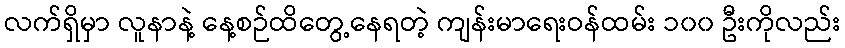
လက်ရှိမှာ လူနာနဲ့ နေ့စဉ်ထိတွေ့နေရတဲ့ ကျန်းမာရေးဝန်ထမ်း ၁၀၀ ဦးကိုလည်း